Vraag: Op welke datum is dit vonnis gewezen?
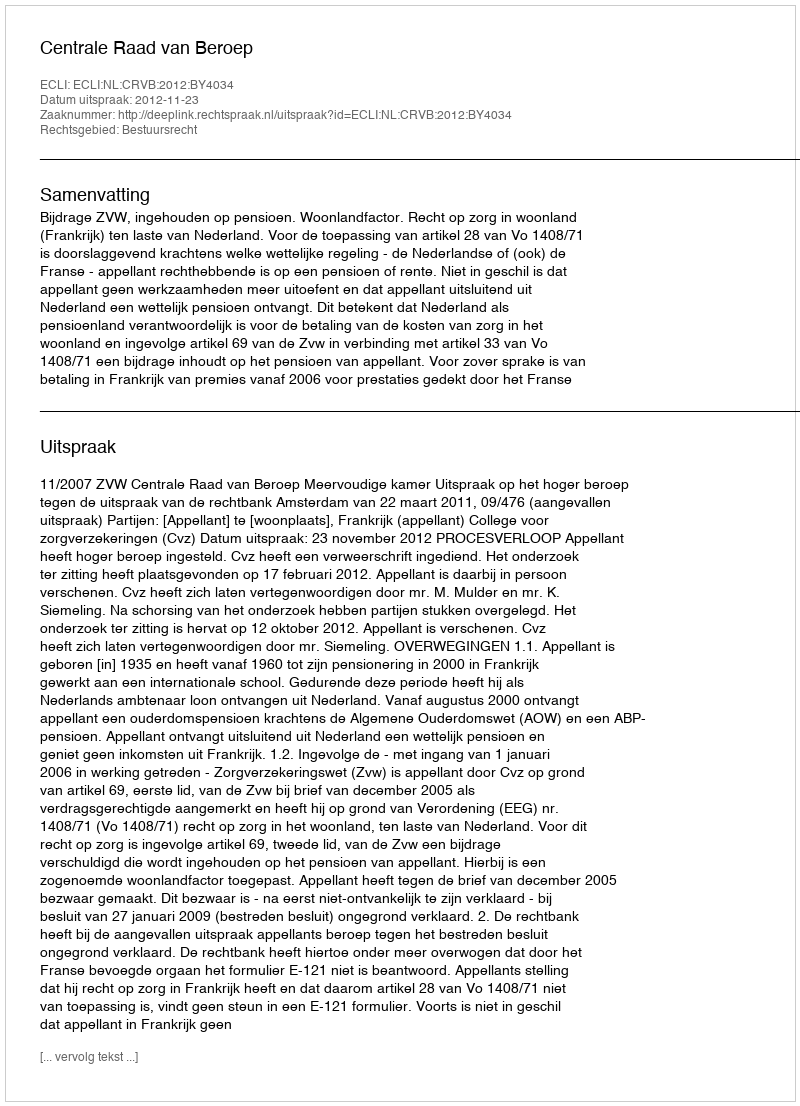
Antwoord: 2012-11-23